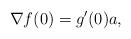
LaTeX: \begin{align*}\nabla f(0)=g'(0)a,\end{align*}